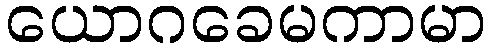
ယောဂခေမကာမာ